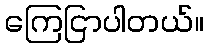
ကြေငြာပါတယ်။